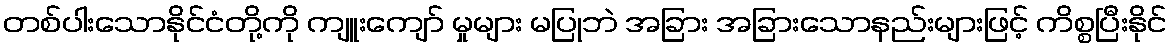
တစ်ပါးသောနိုင်ငံတို့ကို ကျူးကျော် မှုများ မပြုဘဲ အခြား အခြားသောနည်းများဖြင့် ကိစ္စပြီးနိုင်